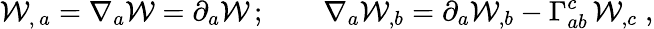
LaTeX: {\cal W}_{,\, a}=\nabla_{a}{\cal W}=\partial_{a}{\cal W}\, ;\qquad\nabla_{a}{\cal W}_{,b}=\partial_{a}{\cal W}_{,b}-\Gamma_{ab}^{c}\, {\cal W}_{,c}\; ,